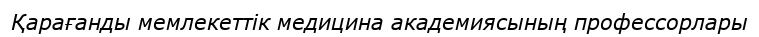
Қарағанды мемлекеттік медицина академиясының профессорлары